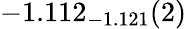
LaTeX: -1.112_{-1.121}(2)